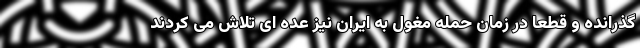
گذرانده و قطعاً در زمان حمله مغول به ایران نیز عده ای تلاش می کردند